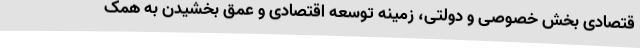
قتصادی بخش خصوصی و دولتی، زمینه توسعه اقتصادی و عمق بخشیدن به همک